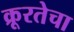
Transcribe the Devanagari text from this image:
क्रूरतेचा